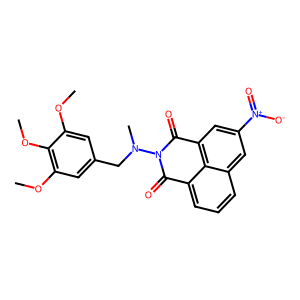
SMILES: COc1cc(CN(C)N2C(=O)c3cccc4cc([N+](=O)[O-])cc(c34)C2=O)cc(OC)c1OC
Inhibits HIV replication: No